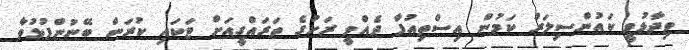
ވިދާޅުވީ ކައުންސިލަރު ކަމުން އިސްތިއުފާ ދެއްވީ ރަށުގެ ތަރައްގީއަށް ޓަކައި ކުރަން ބޭނުންފުޅުވާ